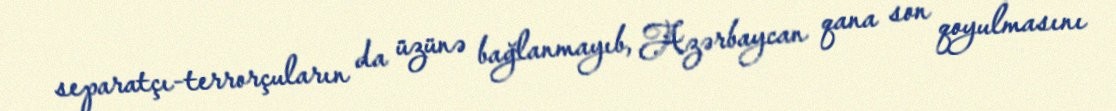
separatçı-terrorçuların da üzünə bağlanmayıb, Azərbaycan qana son qoyulmasını